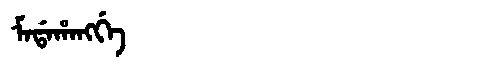
Manchu: ᠮᠠᡩᠠᡥᠠᠩᡤᡝ
Romanization: MADAHANGGE